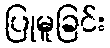
ပြုမူခြင်း